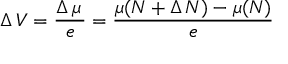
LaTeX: \Delta \, V = { \frac { \Delta \, \mu \, } { e } } = { \frac { \mu ( N + \Delta \, N ) - \mu ( N ) } { e } }